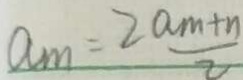
a _ { m } = 2 \frac { a m + n } { 2 }